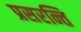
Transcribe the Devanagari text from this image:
प्रसरन्ति